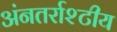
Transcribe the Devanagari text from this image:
अंनतर्राश्टीय